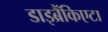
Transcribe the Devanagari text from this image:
डाइब्रैंकिएटा